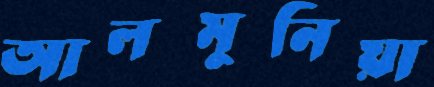
আলমুনিয়া